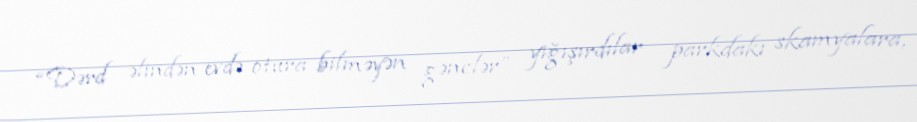
“Dərd əlindən evdə otura bilməyən gənclər” yığışırdılar parkdakı skamyalara,